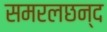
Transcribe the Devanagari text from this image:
समरलछन्द